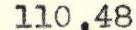
110,48